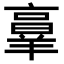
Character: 𦎫